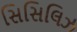
સિસિલિઝ